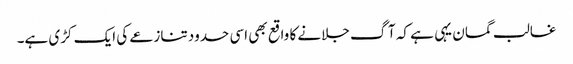
غالب گمان یہی ہے کہ آگ جلانے کا واقع بھی اسی حدود تنازعے کی ایک کڑی ہے۔